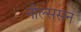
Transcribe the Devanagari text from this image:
नील्ससन